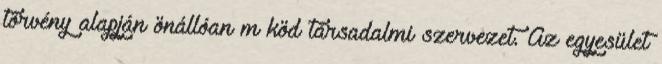
törvény alapján önállóan m köd társadalmi szervezet. Az egyesület